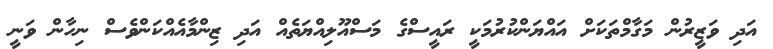
އަދި ވަޒީރުން މަގާމްތަކަށް އައްޔަންކުރުމަކީ ރައީސްގެ މަސްއޫލިއްޔަތެއް އަދި ޒިންމާއެއްކަންވެސް ނިހާން ވަނީ